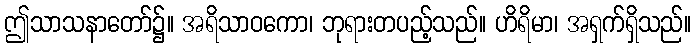
ဤသာသနာတော်၌။ အရိသာဝကော၊ ဘုရားတပည့်သည်။ ဟိရိမာ၊ အရှက်ရှိသည်။